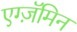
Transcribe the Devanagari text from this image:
एग्ज़ॅमिन